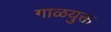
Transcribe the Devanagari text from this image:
गाळयुक्त